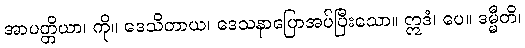
အာပတ္တိယာ၊ ကို။ ဒေသိတာယ၊ ဒေသနာပြောအပ်ပြီးသော။ ဣဒံ၊ ပေ။ ဒမ္မီတိ၊